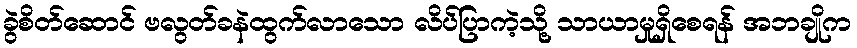
ခွဲစိတ်ဆောင် ဗလွတ်ခနဲထွက်လာသော လိပ်ပြာကဲ့သို့ သာယာမှုရှိစေရန် အဘချိုက